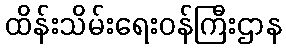
ထိန်းသိမ်းရေးဝန်ကြီးဌာန